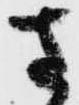
さ